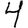
Digit: 4